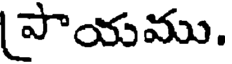
పాయము.